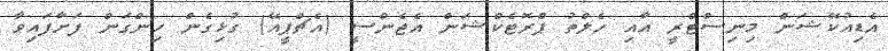
އެޑިއުކޭޝަން މިނިސްޓްރީ އާއި ހެލްތު ޕްރޮޓެކްޝަން އެޖެންސީ (އެޗްޕީއޭ) ގުޅިގެން ހިންގަން ފަށާފައިވާ